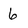
Character: 6